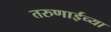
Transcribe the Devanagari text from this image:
तरुणाईच्या